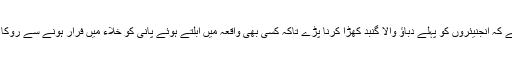
ہو سکتا ہے کہ انجنیئروں کو پہلے دباؤ والا گنبد کھڑا کرنا پڑے تاکہ کسی بھی واقعہ میں ابلتے ہوئے پانی کو خلاء میں فرار ہونے سے روکا جا سکے۔